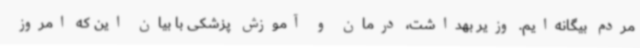
مردم بیگانه‌ایم. وزیر بهداشت، درمان و آموزش پزشکی با بیان این که امروز